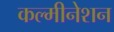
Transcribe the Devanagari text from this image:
कल्मीनेशन